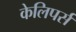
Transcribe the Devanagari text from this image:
केलिपर्स